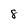
Character: 8